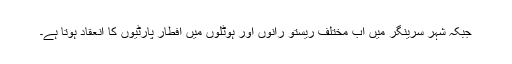
جبکہ شہر سرینگر میں اب مختلف ریستو رانوں اور ہوٹلوں میں افطار پارٹیوں کا انعقاد ہوتا ہے۔